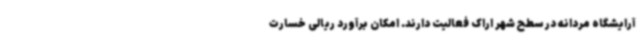
آرایشگاه مردانه در سطح شهر اراک فعالیت دارند. امکان برآورد ریالی خسارت